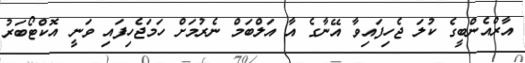
އާރްއެންބީގެ ކުލަ ޖެހިފައިވާ އޭނާގެ އާ އަލްބަމް ނެރުމަށް ހަމަޖެހިފައި ވަނީ އޮކްޓޯބަރު